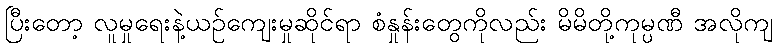
ပြီးတော့ လူမှုရေးနဲ့ယဉ်ကျေးမှုဆိုင်ရာ စံနှုန်းတွေကိုလည်း မိမိတို့ကုမ္ပဏီ အလိုကျ